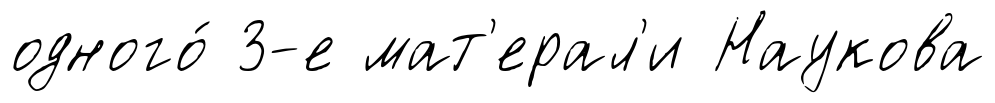
одного́ 3-е мат'ерал'и Наукова